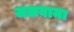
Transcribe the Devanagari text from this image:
जलवाना